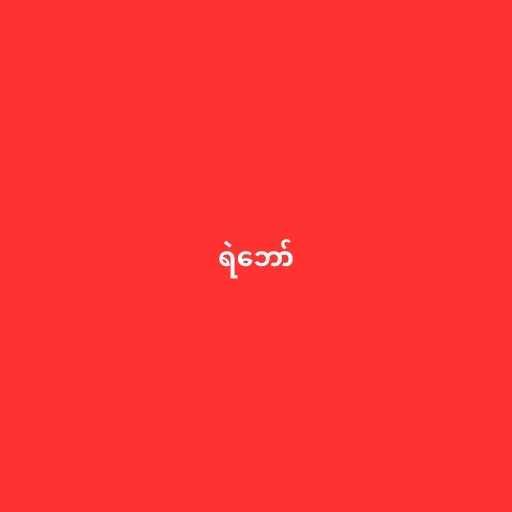
ရဲဘော်